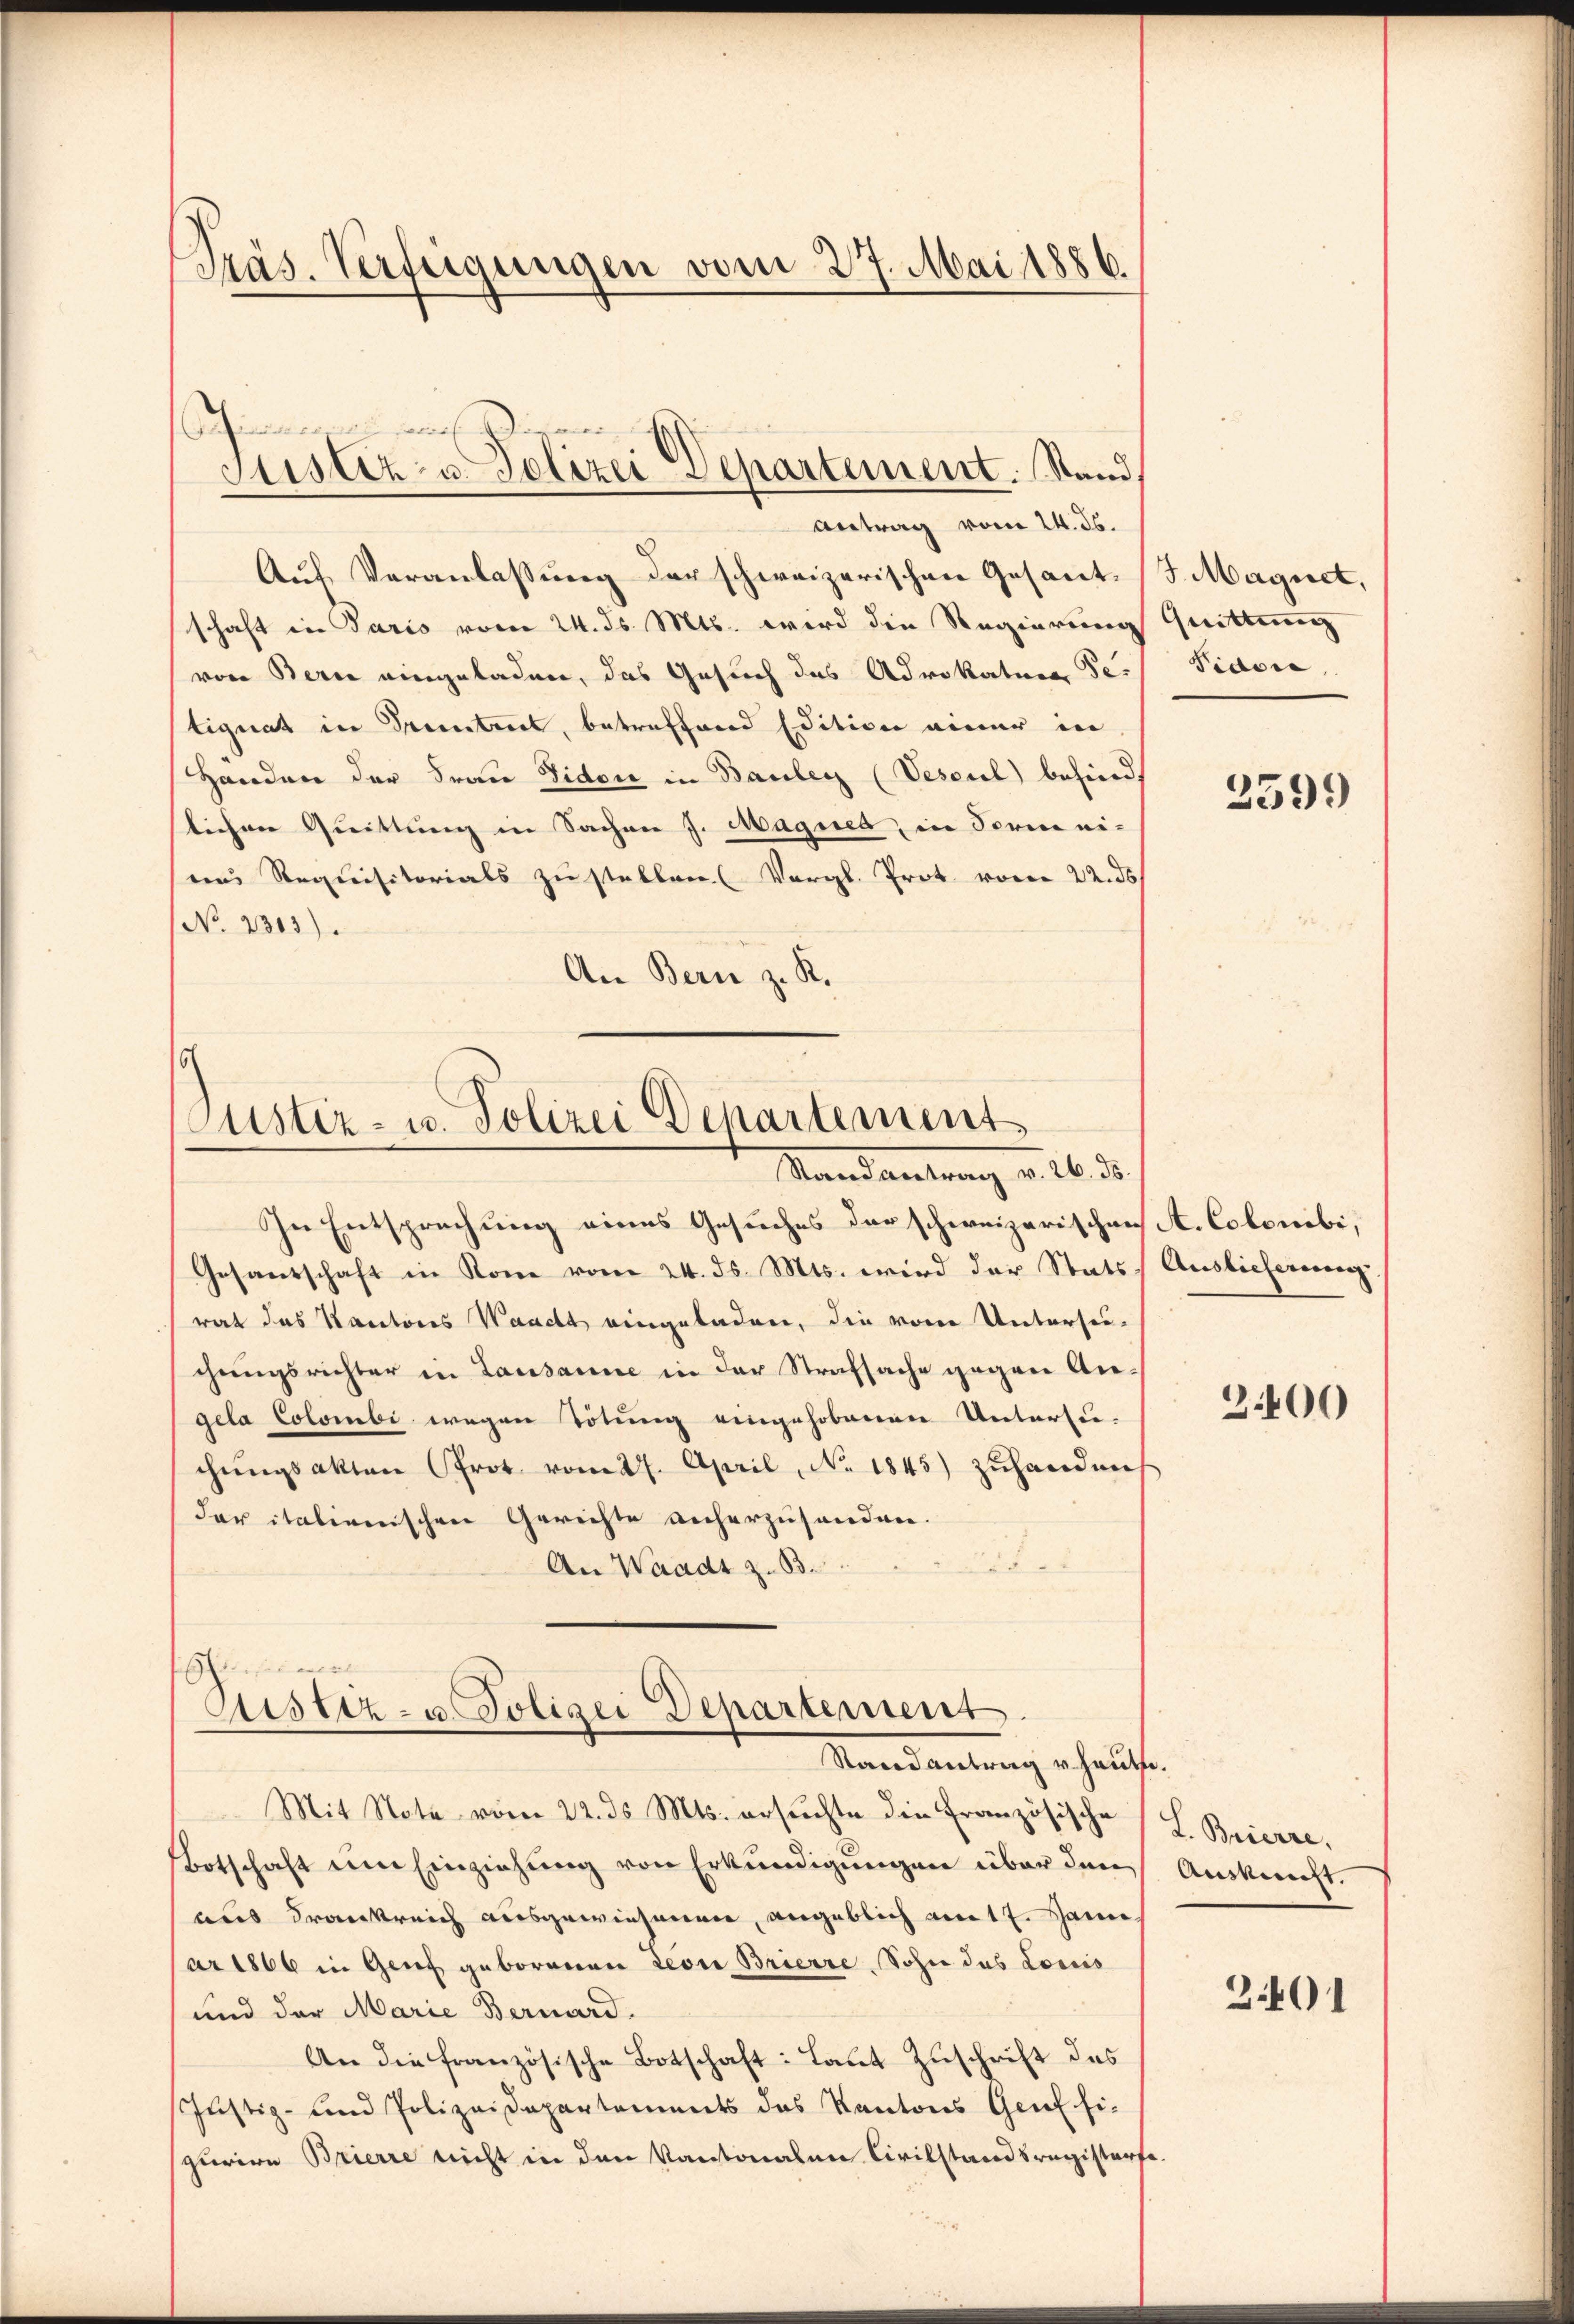
Präs. Verfügungen vom 27. Mai 1886.

himonien auch Dire
Justiz- u. Polizei Departement. Stand,
Antrag vom 24. ds.

Auf Veranlassung der schweizerischen Gesant J. Magnet,
schaft in Paris vom 24. ds. Mts. wird die Regierung Quittung
von Bern eingeladen, das Gesuch des Advokature Petignat in Trienteil, betreffend Edition einer in
Handen der Frau Vidon in Bauler (Veseul befind,
stichen Quittung in Sachen J. Magner, in Forme ei¬
(und Requisitorials zu stellen. (Vergl. Prot voren 22. ds
No. 2313).
An Bern z. R.

1
Justiz- u. Polizei Departement
Randantrag v. 16. d.

In Entsprechung eines Gesuches der schweizerischen St. Colonibi,
Gesandschaft in Rone vom 24. ds. Mts. wird der Stats Auslieferung
rat das Kantons Waacht eingeladen, die vom Untersuchungsrichter in Lausanne in der Strafsache gegen Angela Colombi wegen Tötung eingehobenen Untersu-
chŭngsakten Prot vom 27. April, No. 1845) zuhanden
der italienischen Gerichte anherzusenden.
An Waadt z. B.

shimmen
Sistiz- u. Polizei Departement
Randantrag u. heute.

Mit State vom 22. ds Mts. ersŭchte die Französische L. Brierre,
Botschaft um Einziehung von Erkundigungen über den Auskunft.
aus Frankreich ausgewiesenen, angeblich am 17. Jann
ar 1866 in Genf geborenen Leon Brierre Sohn das Loris
und der Marie Bernard.
An die französische Botschaft: Laut Zuschrift des
Justiz- und Polizeidepartements das Kantons Genf fizurice Brierre nicht in den Kantonalen Civilstandsregisterfe

Fidor,

3599

300

2401